Report on sanitation, dispensaries, and jails in Rajputana for 1915, and on vaccination for the year 1915-1916 - 1915-1916
Year: 1915
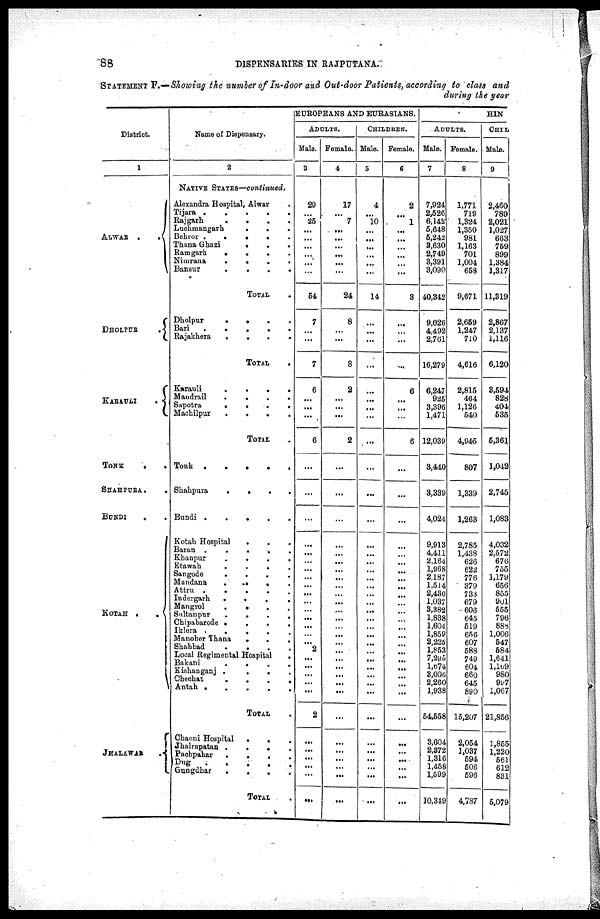
88
DISPENSARIES IN RAJPUTANA.
STATEMENT F.—Showing the number of In-door and Out-door Patients, according to class and
during the year
District.
1
ALWAR
.
.
DHOLPUR
.
KARAULI
.
TONK
. .
SHAHPURA. .
BUNDI
. .
KOTAH .
.
JHALAWAR.
Name of Dispensary.
2
NATIVE STATES—continued.
Alexandra Hospital, Alwar .
Tijara
Rajgarh
.
.
.
.
Luchmangarh
.
.
.
Behror
.....
Thana Ghazi
.
.
.
Ramgarh
.
.
.
Nimrana
.
.
.
.
Banaur
.
.
.
.
TOTAL .
Dholpur
....
Bari
.
.
.
.
.
Rajakhera
.
.
.
.
TOTAL .
Karauli
.
.
.
.
Maudrail
.
.
.
.
Sapotra
.
.
.
.
Machilpur
.
.
.
.
TOTAL .
Tonk
.
.
.
.
.
Shahpura
.
.
.
.
Bundi
.....
Kotah Hospital
.
.
.
Baran
.
.
.
.
.
Khanpur
.
.
.
.
Etawah
.
.
.
.
Sangode
.
.
.
.
Mandana ....
Attru
.
.
.
.
.
Indergarh
.
.
.
.
Mangrol
.
.
.
.
Sultanpur
.
.
.
.
Chipabarode
.
.
.
.
Iklera
.
.
.
.
Manoher Thana
.
.
.
Shahbad
.
.
.
.
Local Regimental Hospital
.
Bakani
.
.
.
.
Kishanganj
.
.
.
.
Chechat
.
.
.
.
Antah
.
.
.
.
.
TOTAL .
Chaoni Hospital
...
Jhalrapatan ....
Pachpahar ....
Dug
.
.
.
.
.
Gungdhar
.
.
.
.
TOTAL .
EUROPEANS AND EURASIANS.
ADULTS.
Male.
3
29
...
25
...
...
...
...
...
...
54
7
...
...
7
6
...
...
...
6
...
...
...
...
...
...
...
...
...
...
...
...
...
...
...
...
2
...
...
...
...
...
2
...
...
...
...
...
...
Female.
4
17
...
7
...
...
...
...
...
...
24
8
...
...
8
2
...
...
...
2
...
...
...
...
...
...
...
...
...
...
...
...
...
...
...
...
...
...
...
...
...
...
...
...
...
...
...
...
...
CHILDREN.
Male.
5
4
...
10
...
...
...
...
...
...
14
...
...
...
...
...
...
...
...
...
...
...
...
...
...
...
...
...
...
...
...
...
...
...
...
...
...
...
...
...
...
...
...
...
...
...
...
...
...
Female.
6
2
...
1
...
...
...
...
...
...
3
...
...
...
...
6
...
...
...
6
...
...
...
...
...
...
...
...
...
...
...
...
...
...
...
...
...
...
...
...
...
...
...
...
...
...
...
...
...
HIN
ADULTS.
Male.
7
7,924
2,526
6,142
5,648
5,242
3,630
2,749
3,391
3,090
40,342
9,026
4,492
2,761
16,279
6,247
925
3,396
1,471
12,039
3,440
3,339
4,024
9,913
4,411
2,164
1,968
2,187
1,514
2,430
1,037
3,382
1,838
1,604
1,859
2,225
1,853
7,295
1,674
3,006
2,260
1,938
54,558
3,604
2,372
1,316
1,458
1,599
10,349
Female.
8
1,771
719
1,324
1,350
981
1,163
701
1,004
658
9,671
2,659
1,247
710
4,616
2,815
464
1,126
540
4,945
807
1,339
1,263
2,785
1,438
626
622
776
379
733
679
606
645
519
656
607
588
749
604
660
645
890
15,207
2,054
1,037
594
506
596
4,787
CHIL
Male.
9
2,460
789
2,021
1,027
663
759
899
1,384
1,317
11,319
2,867
2,137
1,116
6,120
8,594
828
404
535
5,361
1,042
2,745
1,083
4,032
2,572
676
766
1,179
656
855
901
555
796
885
1,006
547
584
1,641
1,169
980
997
1,067
21,856
1,855
1,220
561
612
831
5,079